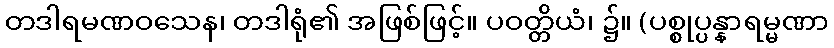
တဒါရမဏဝသေန၊ တဒါရုံ၏ အဖြစ်ဖြင့်။ ပဝတ္တိယံ၊ ၌။ (ပစ္စုပ္ပန္နာရမ္မဏာ